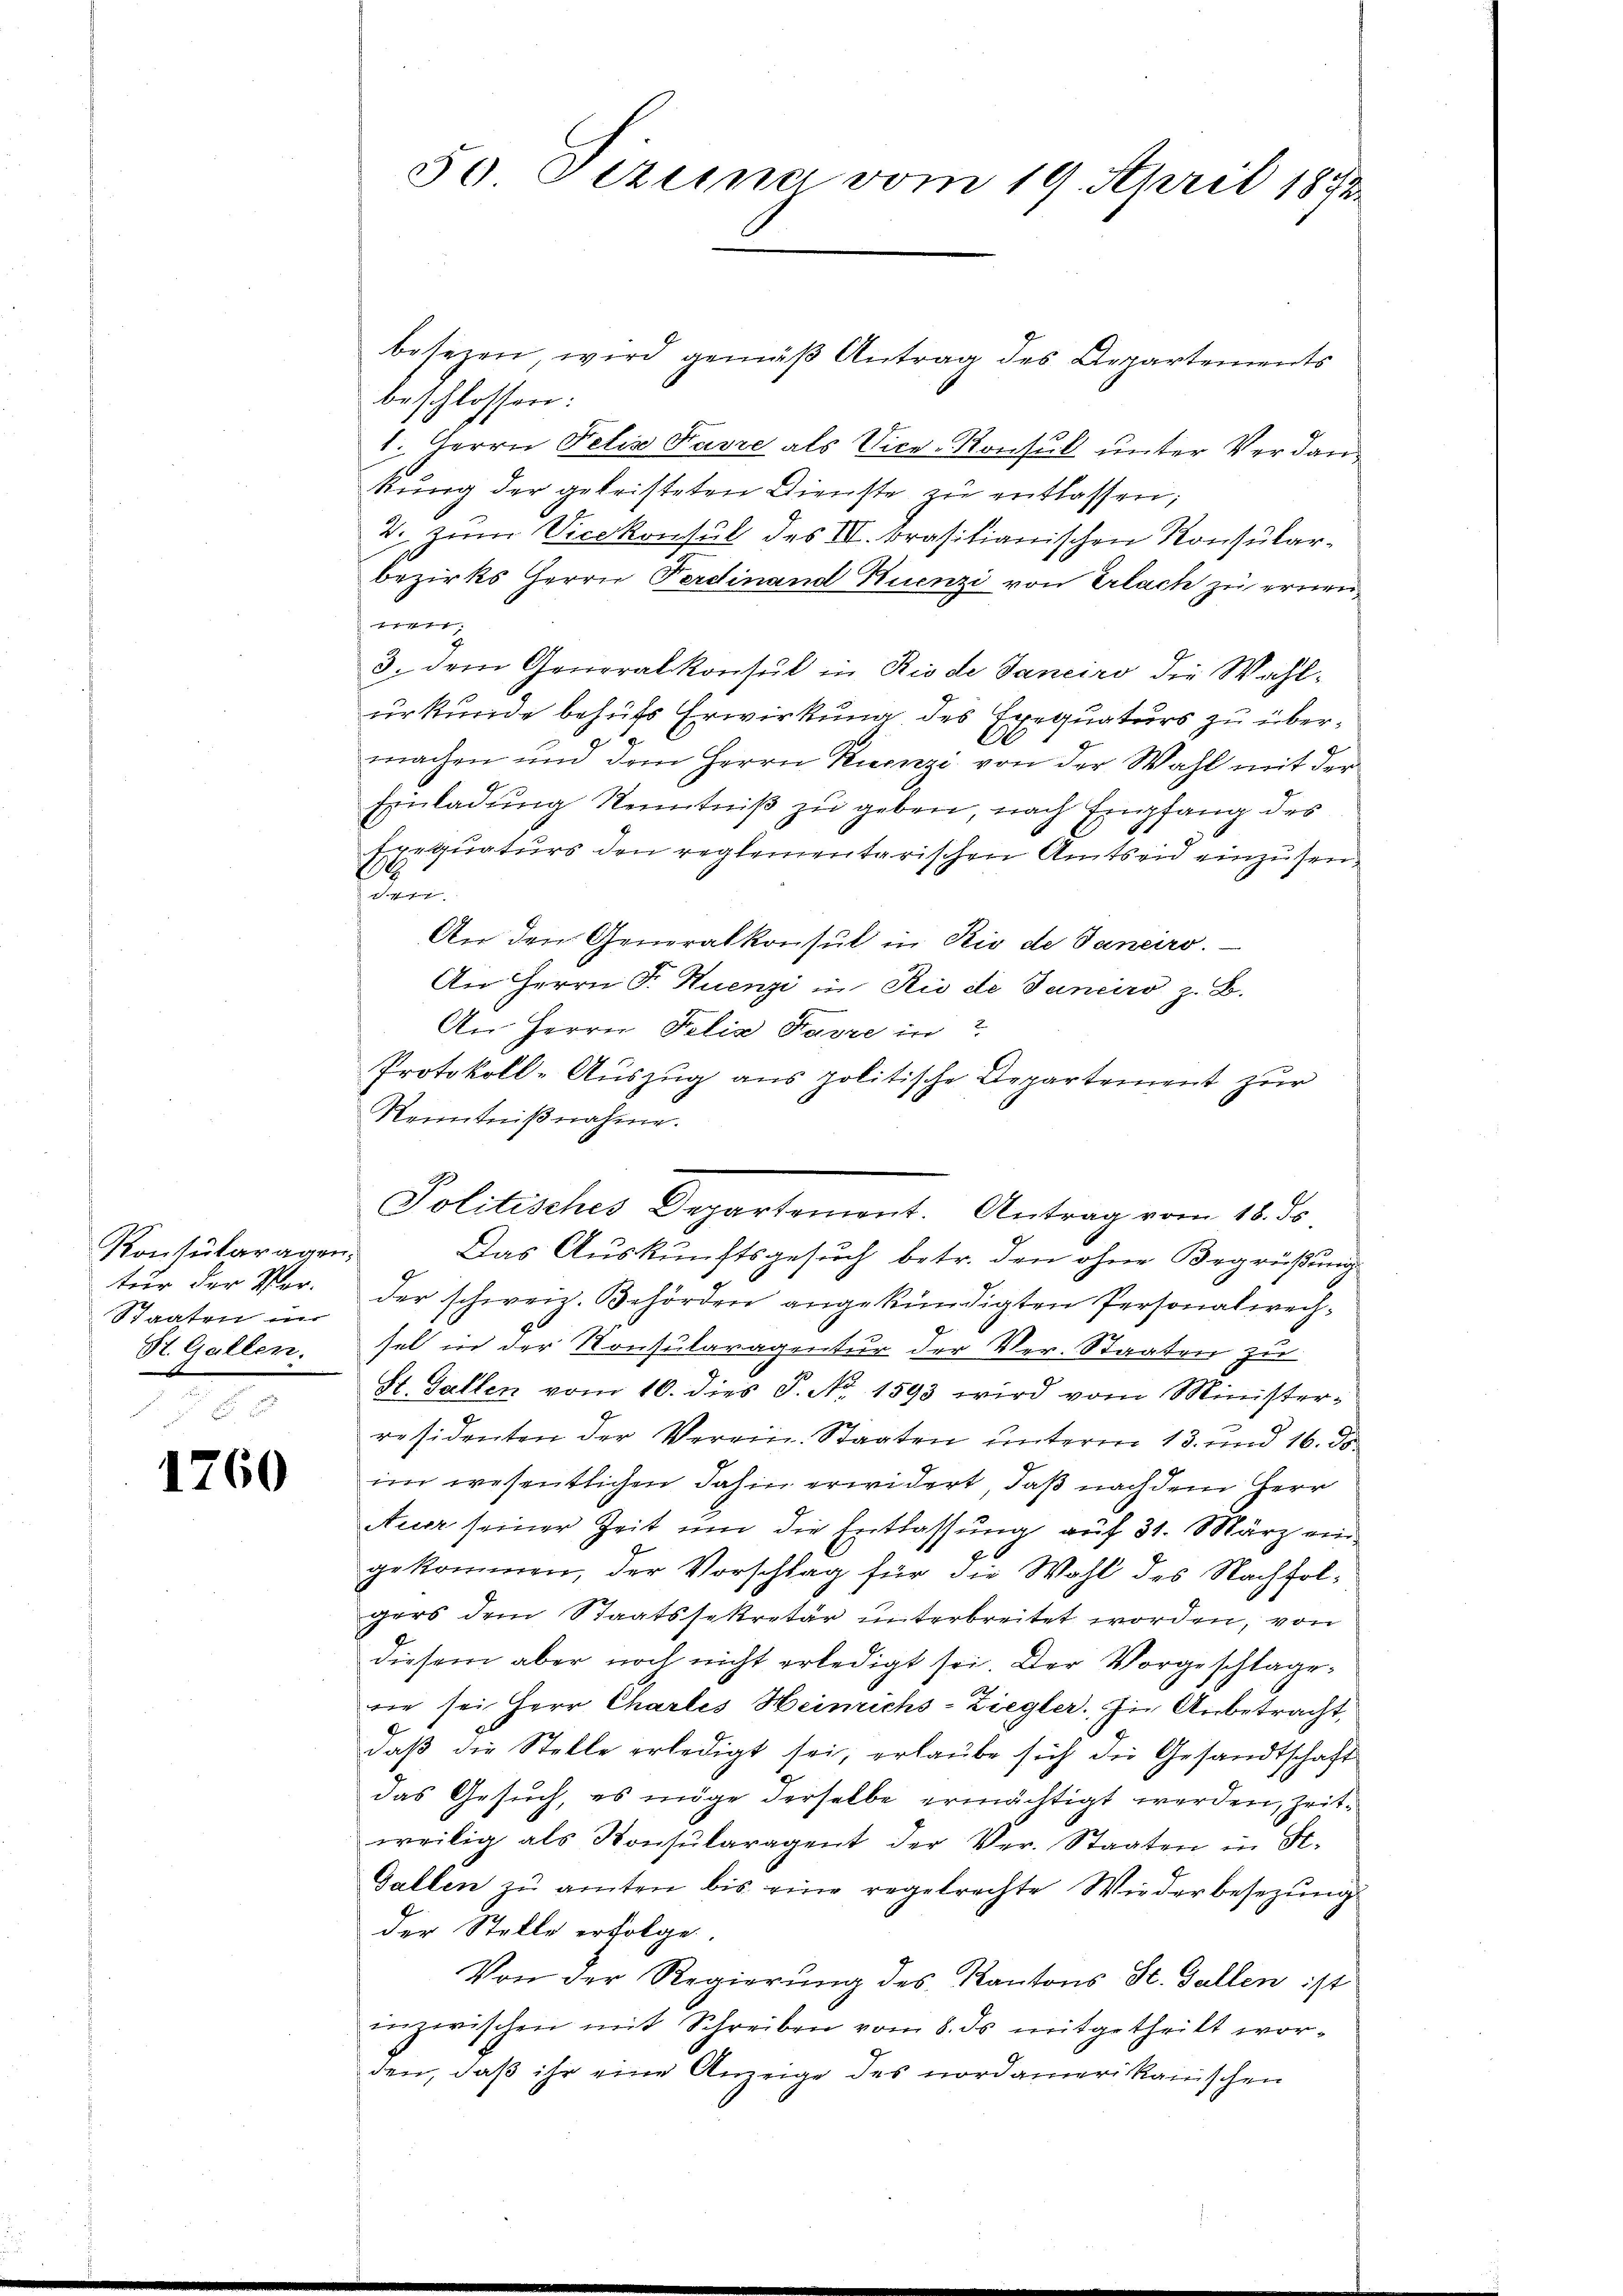
Konsularagen.
Staaten wir

1760

besezen wird gemäß Antrag des Departements
beschlossen:
1. Herrn Felix Favre als Vice-Konsul unter Verdan¬
Rŭng der gekristeten Dienste zŭ entlassen;
2. zum Vicekonsul des III. Brasilianischen Konsularbezirks Herrn Ferdinand Kuenzi von Erlach zu ernenwen
3. dem Generalkonsul in Rio de Janeiro die Wahlurkunde behufs Erwirkung des Exequaturs zu über¬
A
machen und dem Herrn Kienzi von der Wahl mit der
Einladung Kenntniß zu geben, nach Empfang des
Erequaturs den reglementarischen Amtseid einzusen¬
.
oon.
An den Generalkonsul in Rio de Janeiro.
An Herrn Fr. Huenzi in Rio di Panciro z. B.
An Herrn Felix Havre in
Protokoll-Auszug aus politische Departement zur
Kenntniβnahme.
9
Politisches Departemont. Antrag vom 18. ds.
Das Auskunftsgesuch betr. den ohne Begrüßung
tŭr der Ver- der schweiz. Behörden angekündigten Personalwech-
St. Gallen, sel in der Konsularagentur der Ver-Staaten zu
St. Gallen vom 10. dies S. Nr. 1593 wird vom Minister-
residenten der Verein Staaten unterm 13. und 16. de
im wesentlichen dahin erwidert, daß nachdem Herr
Auer seiner Zeit um die Entlassung auf 31. März ein
gekommen, der Vorschlag für die Wahl des Nachfolgers dem Staatssekretär unterbreitet worden, von
diesem aber noch nicht erledigt sei. Der Vorgeschlagerie sei Herr Charlis Heinrichs-Ziegler. Die Anbetracht,
daß die Stelle erledigt sei, erlaube sich die Gesandtschaft
das Gesuch, es möge derselbe ermächtigt werden, Zeitweilig als Konsŭlaragent der Ver. Staaten in St.
Gallen zu amten bis eine regelrechte Wiederbesezung
der Stelle erfolge.
Von der Regierung des Kantons St. Gallen ist
inzwischen mit Schreiben vom 8. ds mitgetheilt worden, daß ihr eine Anzeige des nordamerikanischen

50 Dezema vom 19. April 1873.